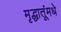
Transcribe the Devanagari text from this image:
मृद्धातूंमधे